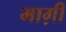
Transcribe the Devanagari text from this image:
माग़ी